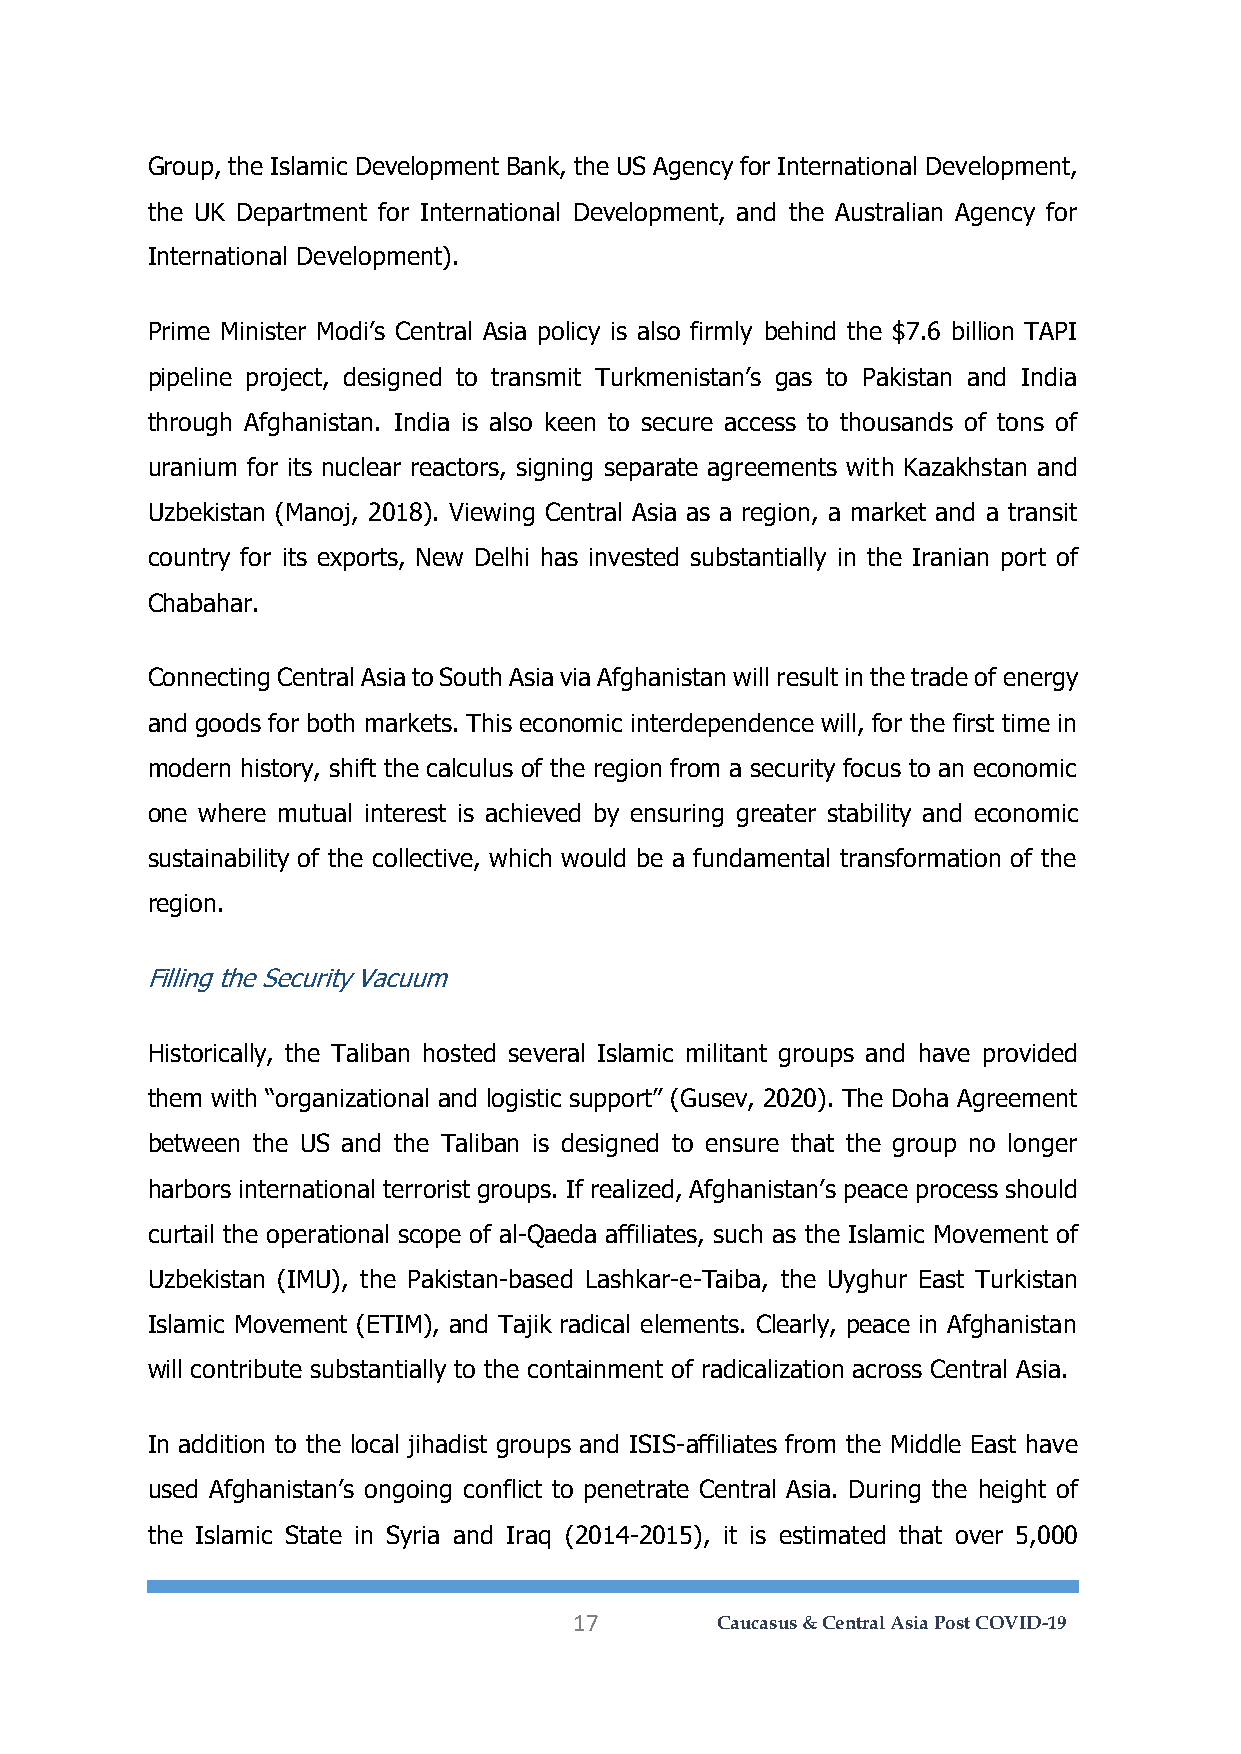
Group, the Islamic Development Bank, the US Agency for International Development,
 the UK Department for International Development, and the Australian Agency for
 International Development).
 Prime Minister Modi’s Central Asia policy is also firmly behind the $7.6 billion TAPI
 pipeline project, designed to transmit Turkmenistan’s gas to Pakistan and India
 through Afghanistan. India is also keen to secure access to thousands of tons of
 uranium for its nuclear reactors, signing separate agreements with Kazakhstan and
 Uzbekistan (Manoj, 2018). Viewing Central Asia as a region, a market and a transit
 country for its exports, New Delhi has invested substantially in the Iranian port of
 Chabahar.
 Connecting Central Asia to South Asia via Afghanistan will result in the trade of energy
 and goods for both markets. This economic interdependence will, for the first time in
 modern history, shift the calculus of the region from a security focus to an economic
 one where mutual interest is achieved by ensuring greater stability and economic
 sustainability of the collective, which would be a fundamental transformation of the
 region.
 Filling the Security Vacuum
 Historically, the Taliban hosted several Islamic militant groups and have provided
 them with “organizational and logistic support” (Gusev, 2020). The Doha Agreement
 between the US and the Taliban is designed to ensure that the group no longer
 harbors international terrorist groups. If realized, Afghanistan’s peace process should
 curtail the operational scope of al-Qaeda affiliates, such as the Islamic Movement of
 Uzbekistan (IMU), the Pakistan-based Lashkar-e-Taiba, the Uyghur East Turkistan
 Islamic Movement (ETIM), and Tajik radical elements. Clearly, peace in Afghanistan
 will contribute substantially to the containment of radicalization across Central Asia.
 In addition to the local jihadist groups and ISIS-affiliates from the Middle East have
 used Afghanistan’s ongoing conflict to penetrate Central Asia. During the height of
 the Islamic State in Syria and Iraq (2014-2015), it is estimated that over 5,000
 17       Caucasus & Central Asia Post COVID-19